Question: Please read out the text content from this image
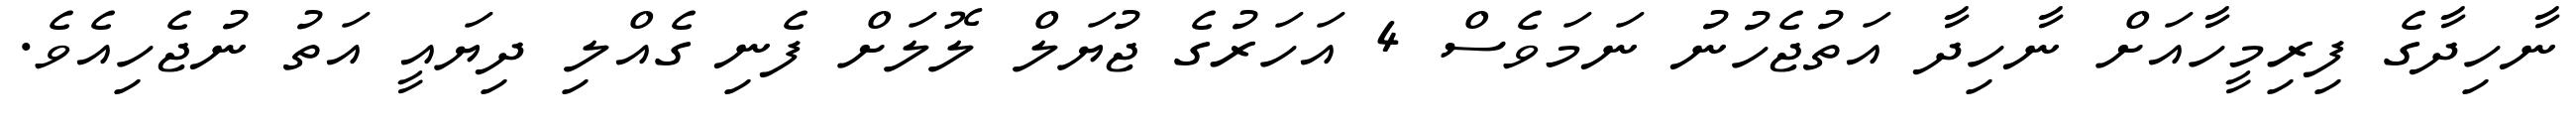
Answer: ނާހިދާގެ ފިރިމީހާއަށް ނާހިދާ އަތުޖެހުނު ނަމަވެސް 4 އަހަރުގެ ޖުޔަލް ލޮލަށް ފެނި ގެއްލި ދިޔައީ އަތު ނުޖެހިއެވެ.